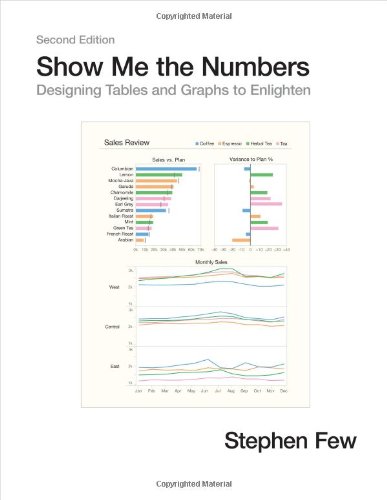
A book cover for Show Me the Numbers: Designing Tables and Graphs to Enlighten; Stephen Few; Computers & Technology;